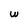
Character: w